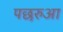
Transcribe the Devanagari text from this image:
पछरुआ